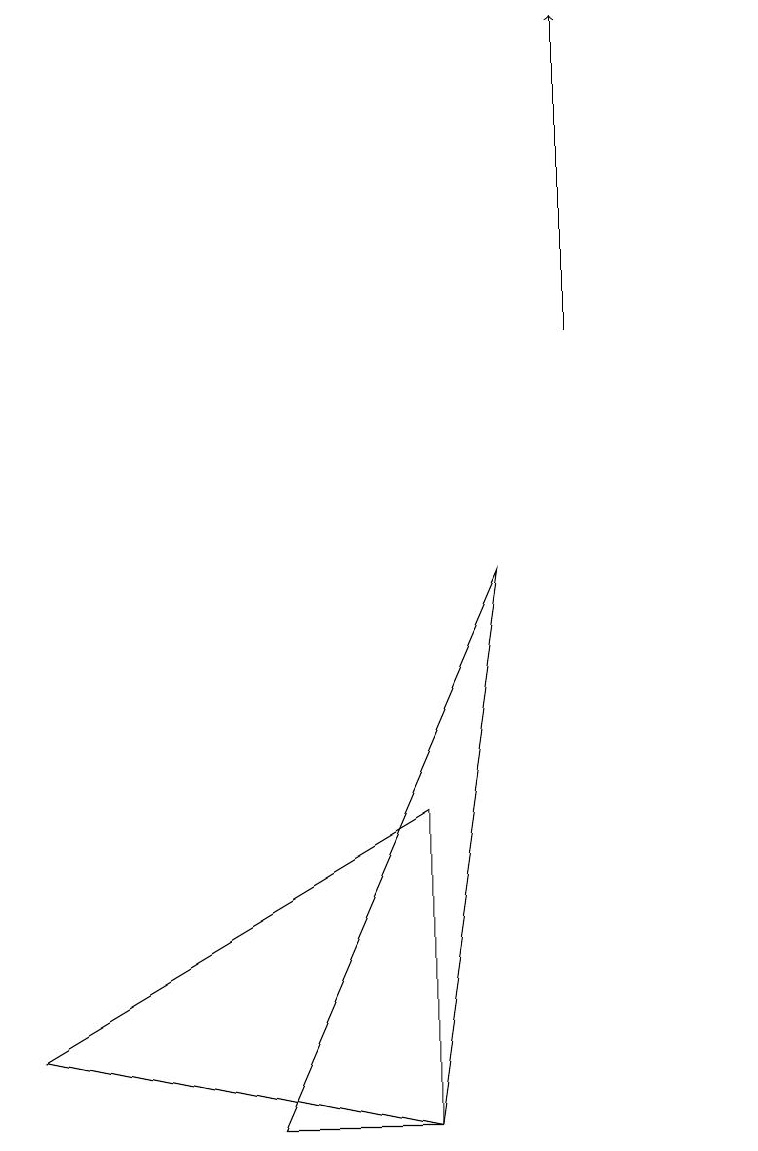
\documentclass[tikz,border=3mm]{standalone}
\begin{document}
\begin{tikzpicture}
\draw[->] (8,10) -- (8,14);
\draw (1,1) -- (6,4) -- (6,0) -- cycle;
\draw (7,7) -- (6,0) -- (4,0) -- cycle;
\draw (10,11) circle (0);
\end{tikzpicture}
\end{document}